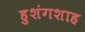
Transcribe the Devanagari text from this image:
हुशंगशाह